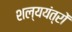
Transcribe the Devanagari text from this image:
शल्ययंत्रों